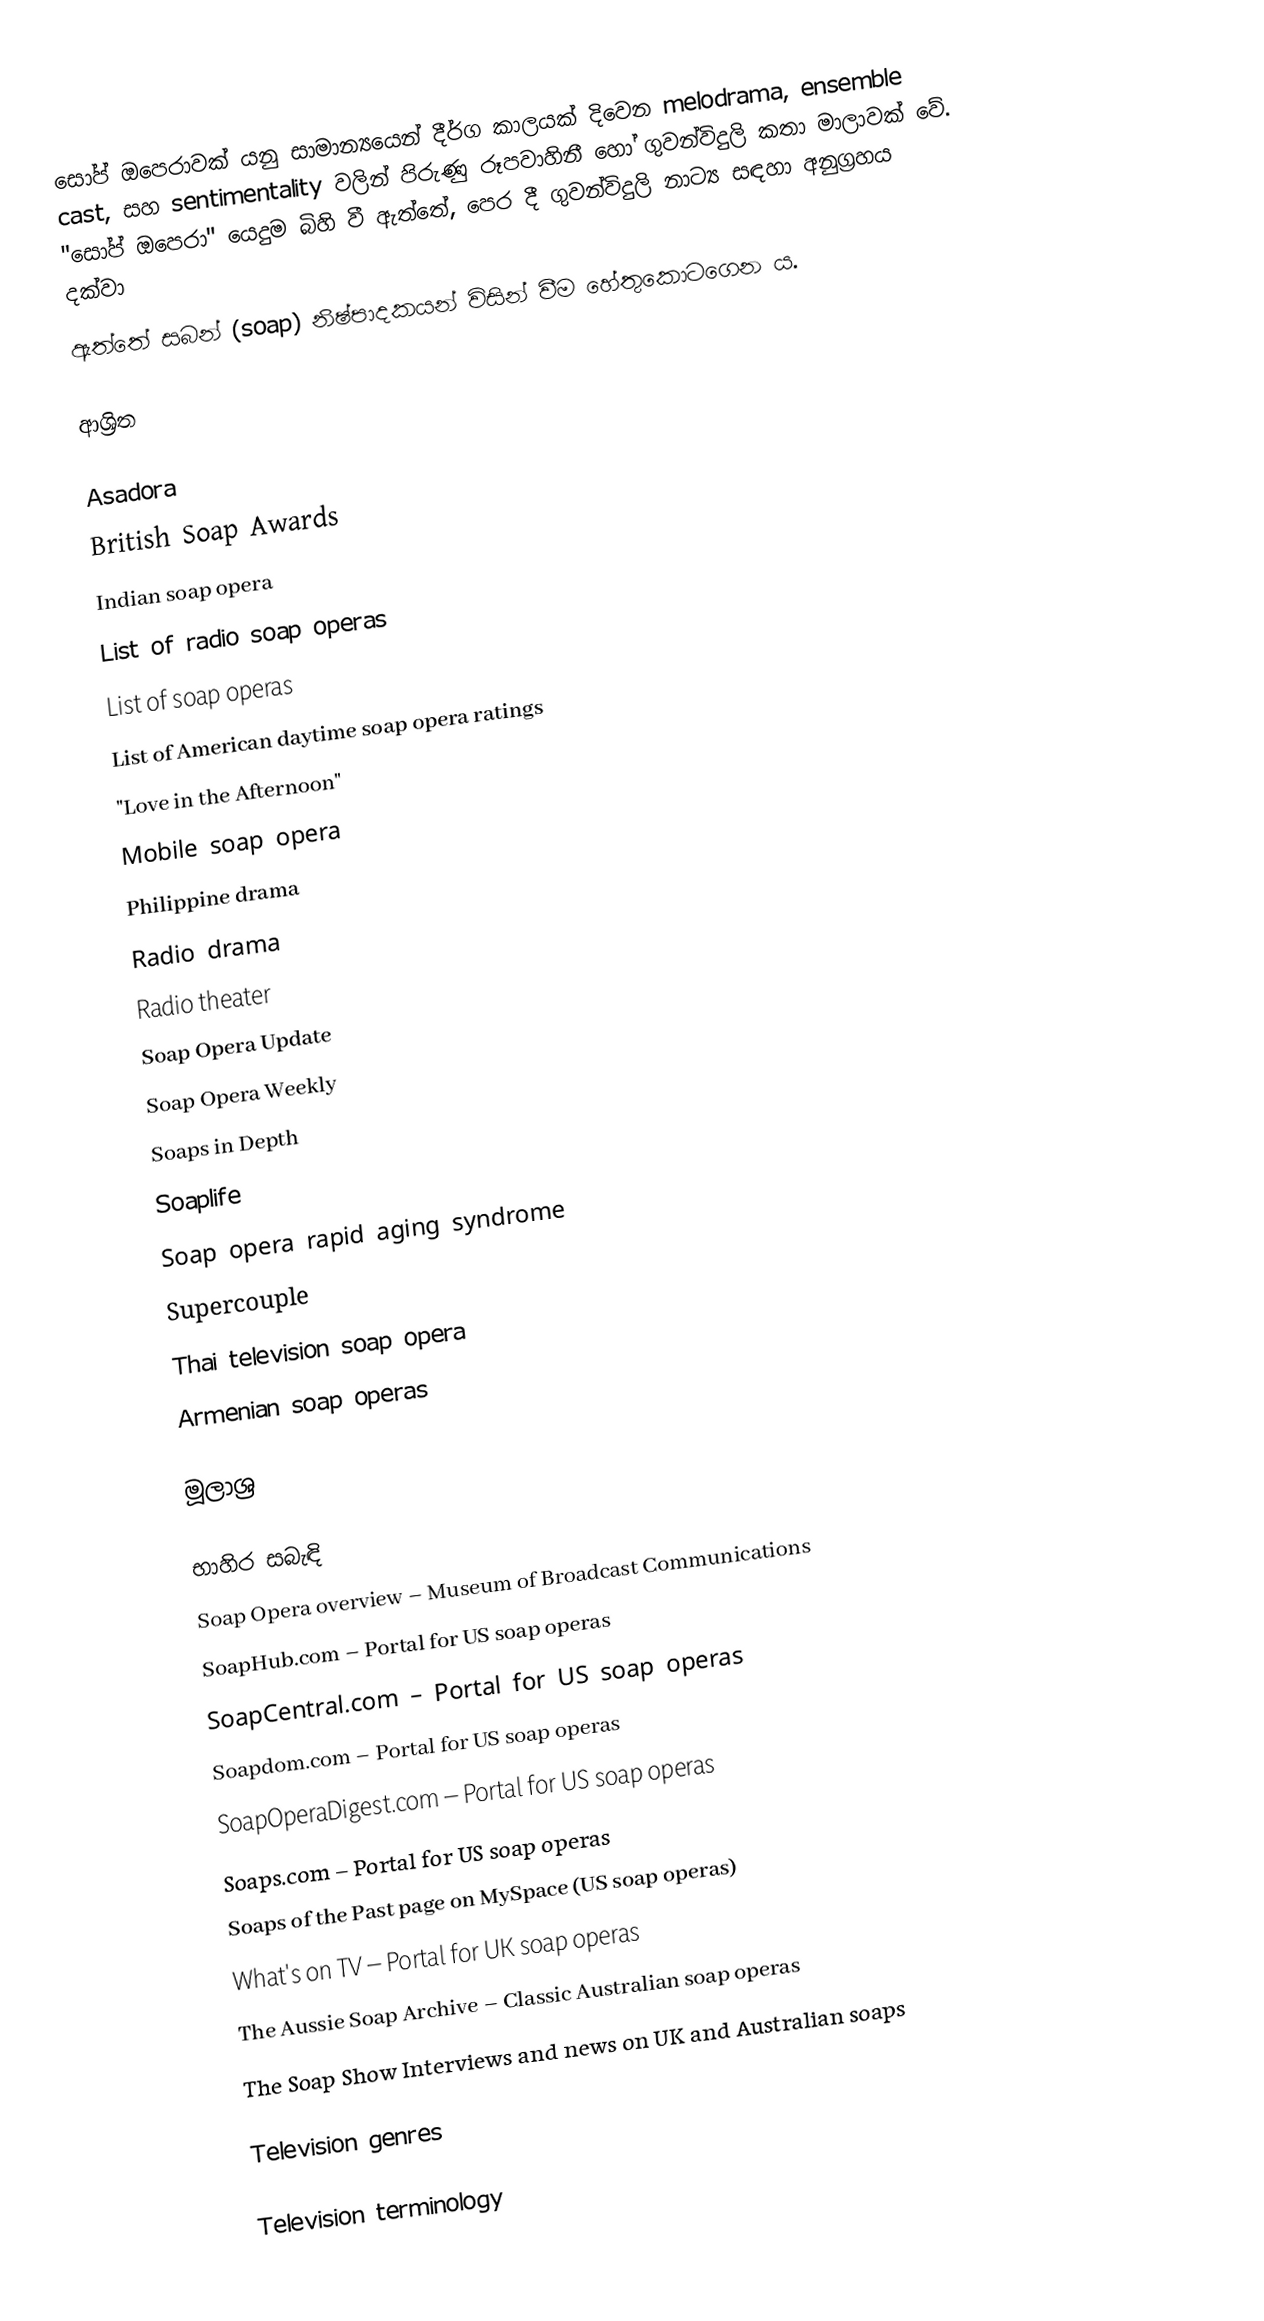
සෝප් ඔපෙරාවක් යනු සාමාන්‍යයෙන් දීර්ග කාලයක් දිවෙන melodrama, ensemble cast, සහ sentimentality වලින් පිරුණු රූපවාහිනී හෝ ගුවන්විදුලි කතා මාලාවක් වේ. "සෝප් ඔපෙරා" යෙදුම බිහි වී ඇත්තේ, පෙර දී ගුවන්විදුලි නාට්‍ය සඳහා අනුග්‍රහය දක්වා
ඇත්තේ සබන් (soap) නිෂ්පාදකයන් විසින් වීම හේතුකොටගෙන ය.

ආශ්‍රිත

 Asadora
 British Soap Awards
 Indian soap opera
 List of radio soap operas
 List of soap operas
 List of American daytime soap opera ratings
 "Love in the Afternoon"
 Mobile soap opera
 Philippine drama
 Radio drama
 Radio theater
 Soap Opera Update
 Soap Opera Weekly
 Soaps in Depth
 Soaplife
 Soap opera rapid aging syndrome
 Supercouple
 Thai television soap opera
 Armenian soap operas

මූලාශ්‍ර

භාහිර සබැඳි
 Soap Opera overview – Museum of Broadcast Communications
 SoapHub.com – Portal for US soap operas
 SoapCentral.com – Portal for US soap operas
 Soapdom.com – Portal for US soap operas
 SoapOperaDigest.com – Portal for US soap operas
 Soaps.com – Portal for US soap operas
 Soaps of the Past page on MySpace (US soap operas)
 What's on TV – Portal for UK soap operas
 The Aussie Soap Archive – Classic Australian soap operas
 The Soap Show Interviews and news on UK and Australian soaps

Television genres

Television terminology